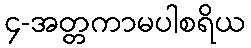
၄-အတ္တကာမပါစရိယ